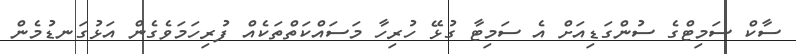
ސާކް ސަމިޓްގެ ސުންގަޑިއަށް އެ ސަމިޓާ ގުޅޭ ހުރިހާ މަސައްކަތްތަކެއް ފުރިހަމަވެގެން އަޅުގަނޑުމެން